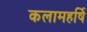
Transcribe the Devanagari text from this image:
कलामहर्षि